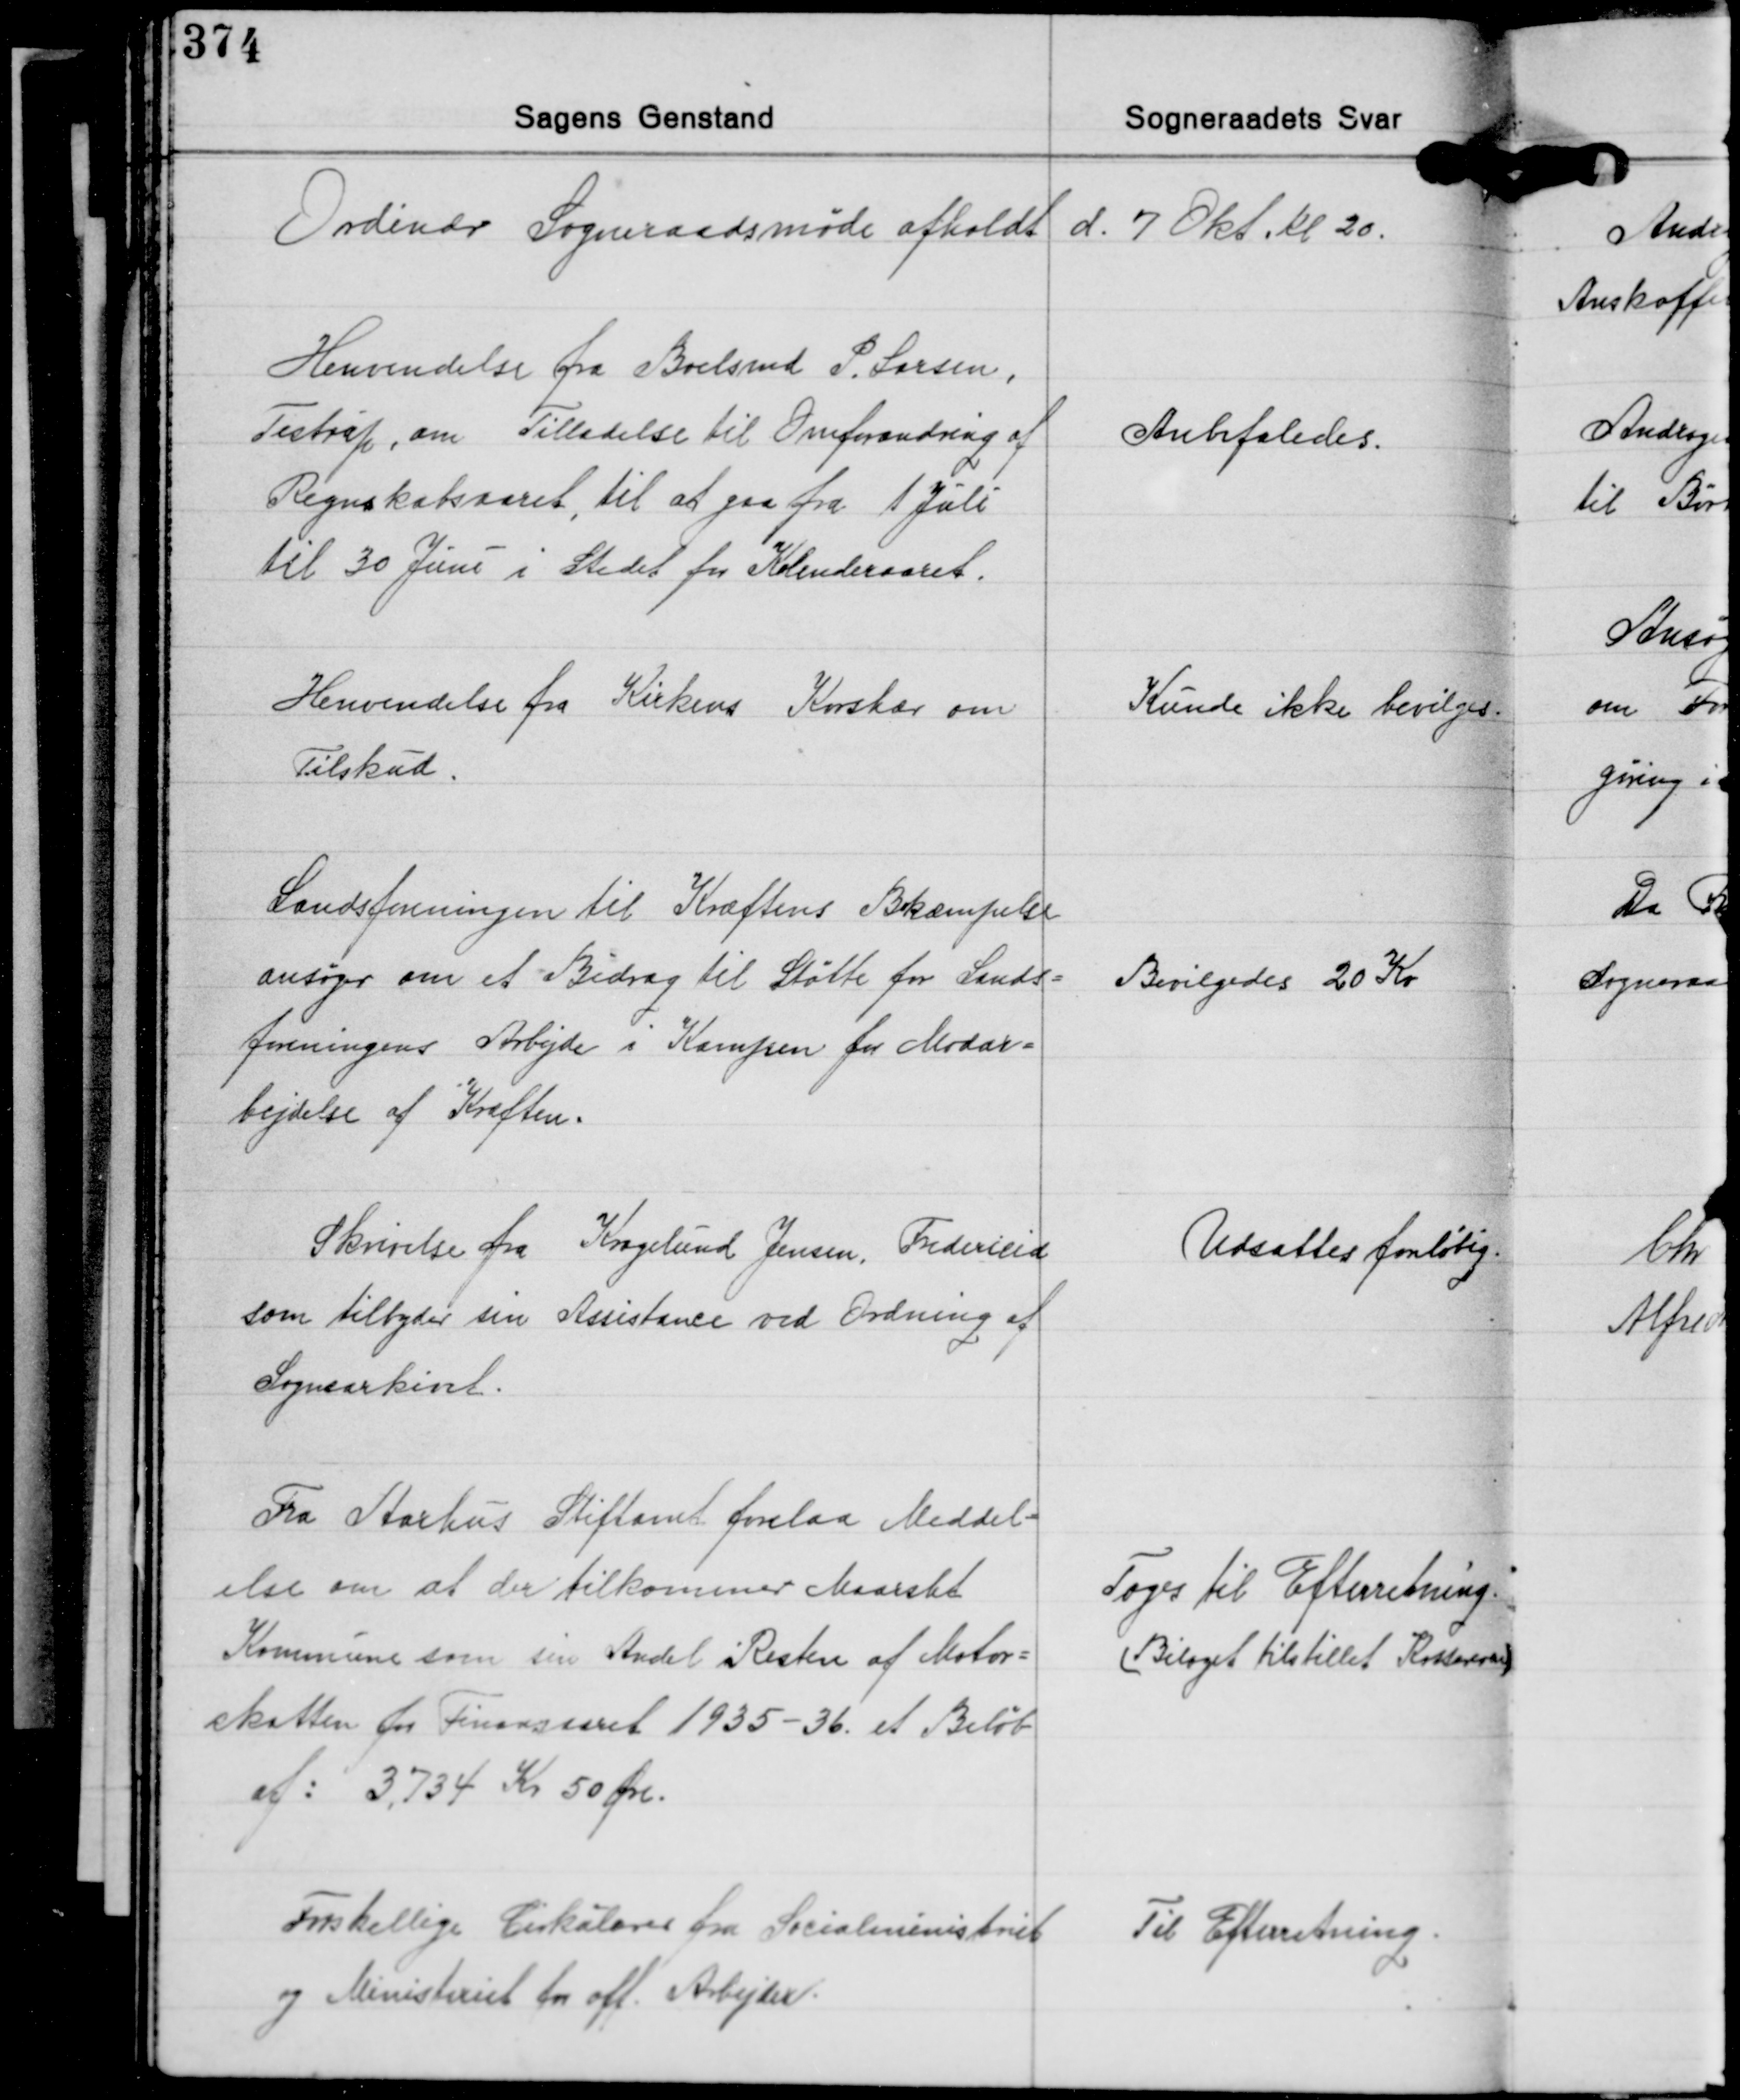
Transskription:
Ordinær Sogneraadsmøde afholdt d. 7 Okt. Kl 20.

Henvendelse fra Boelsmd. P. Larsen,
Testrup, om Tilladelse til Omforandring af
Regnskabsaaret, til at gaa fra 1 Juli
til 30 Juni i Stedet for Kalenderaaret.

Anbefaledes.

Henvendelse fra Kirkens Korshær om
Tilskud.

Kunde ikke bevilges:

Landsforeningen til Kræftens Bekæmpelse
ansøger om et Bidrag til Støtte for Lands-
foreningens Arbejde i Kampen for Modar-
bejdelse af Kræften.

Bevilgedes 20 Kr.

Skrivelse fra Kragelund Jensen, Fredericia
som tilbyder sin Assistance ved Ordning af
Sognearkivet.

Udsattes forløbig

Fra Aarhus Stiftamt forelaa Meddel-
else om at der tilkommer Maarslet
Kommune som sin Andel Resten af Motor-
skatten for Finansaaret 1935-36 et Beløb
af: 3.734 Kr. 50 Øre.

Toges til Efterretning.
(Bilaget tilstillet Kassereren)

Forskellige Cirkulærer fra Socialministriet
og Ministeriet for off. Arbejder.

Til Efterretning.